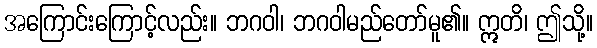
အကြောင်းကြောင့်လည်း။ ဘဂဝါ၊ ဘဂဝါမည်တော်မူ၏။ ဣတိ၊ ဤသို့။